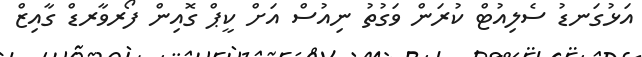
އަޅުގަނޑު ސެލިއުޓް ކުރަން ވަގުތު ނިއުސް އަށް ކީޕް ގޮއިން ފޯރވާރޑް ގާއިޒް